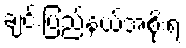
ချင်းပြည်နယ်အစိုးရ